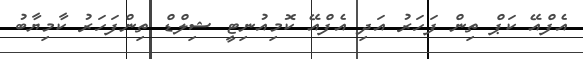
އެފްއޭ ކަޕް ތިން ފަހަރު އަދި އެފްއޭ ކޮމިއުނިޓީ ޝިލްޑް ތިންފަހަރު ކާމިޔާބު